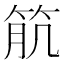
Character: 𥬾